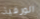
الورقية